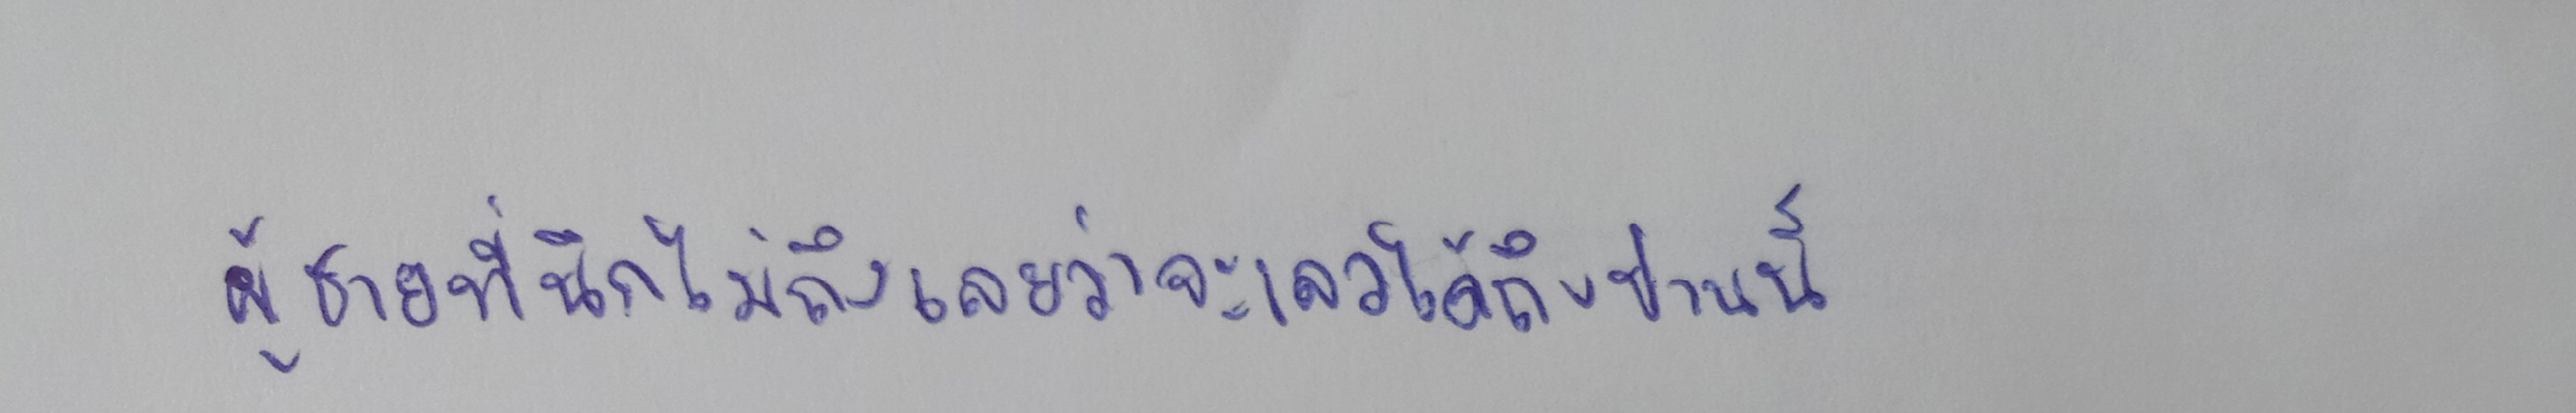
ผู้ชายที่นึกไม่ถึงเลยว่าจะเลวได้ถึงปานนี้...